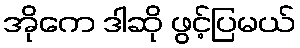
အိုကေ ဒါဆို ဖွင့်ပြမယ်